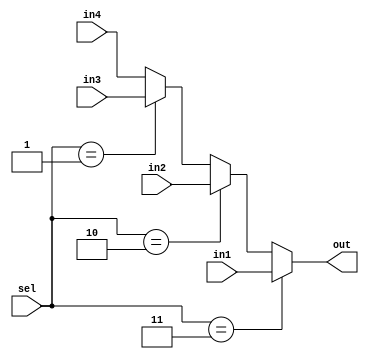
module control_mux(in1,in2,in3,in4,sel,out);
input [4:0] in1,in2,in3,in4;
input [1:0] sel;
output reg [4:0] out;

always @(*) begin
if(sel==2'b11) out=in1;
else if(sel==2'b10) out=in2;
else if(sel==2'b01) out=in3;
else out=in4;
end
endmodule